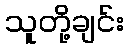
သူတို့ချင်း